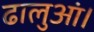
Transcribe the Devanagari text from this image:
ढालुआं।